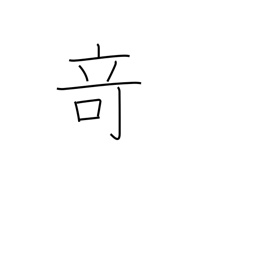
Meaning: strangeness